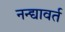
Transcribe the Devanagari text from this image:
नन्द्यावर्त